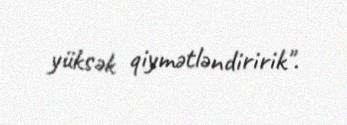
yüksək qiymətləndiririk".